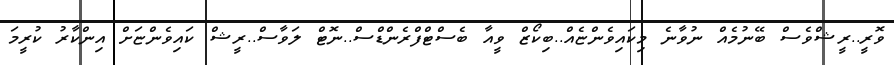
ވޮރީ..ރީޝްވެސް ބޭނުމެއް ނުވާނެ މިކައިވެންޏެއް..ބިކޯޒް ވީއާ ބެސްޓްފްރެންޑްސް..ނޮޓް ލަވާސް..ރީޝް ކައިވެންޏަށް އިންކާރު ކުރީމަ